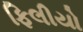
ફિલીયો